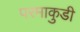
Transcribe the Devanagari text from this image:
परमाकुडी